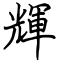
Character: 輝